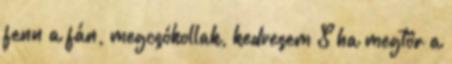
fenn a fán, megcsókollak, kedvesem S ha megtör a